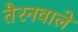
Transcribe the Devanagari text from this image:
तैरनवाले